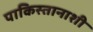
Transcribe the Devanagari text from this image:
पाकिस्तानाशी